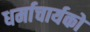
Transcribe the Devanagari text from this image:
धर्माचार्यको